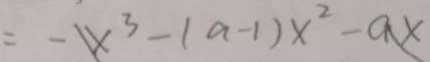
= - x ^ { 3 } - ( a - 1 ) x ^ { 2 } - a x